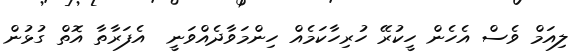
ލިއަމް ވެސް އެހެން ހީކުރޭ ހުރިހާކަމެއް ހިންމަވާދެއްވަނީ  އެފަރާތާ އޮތް ގުޅުން